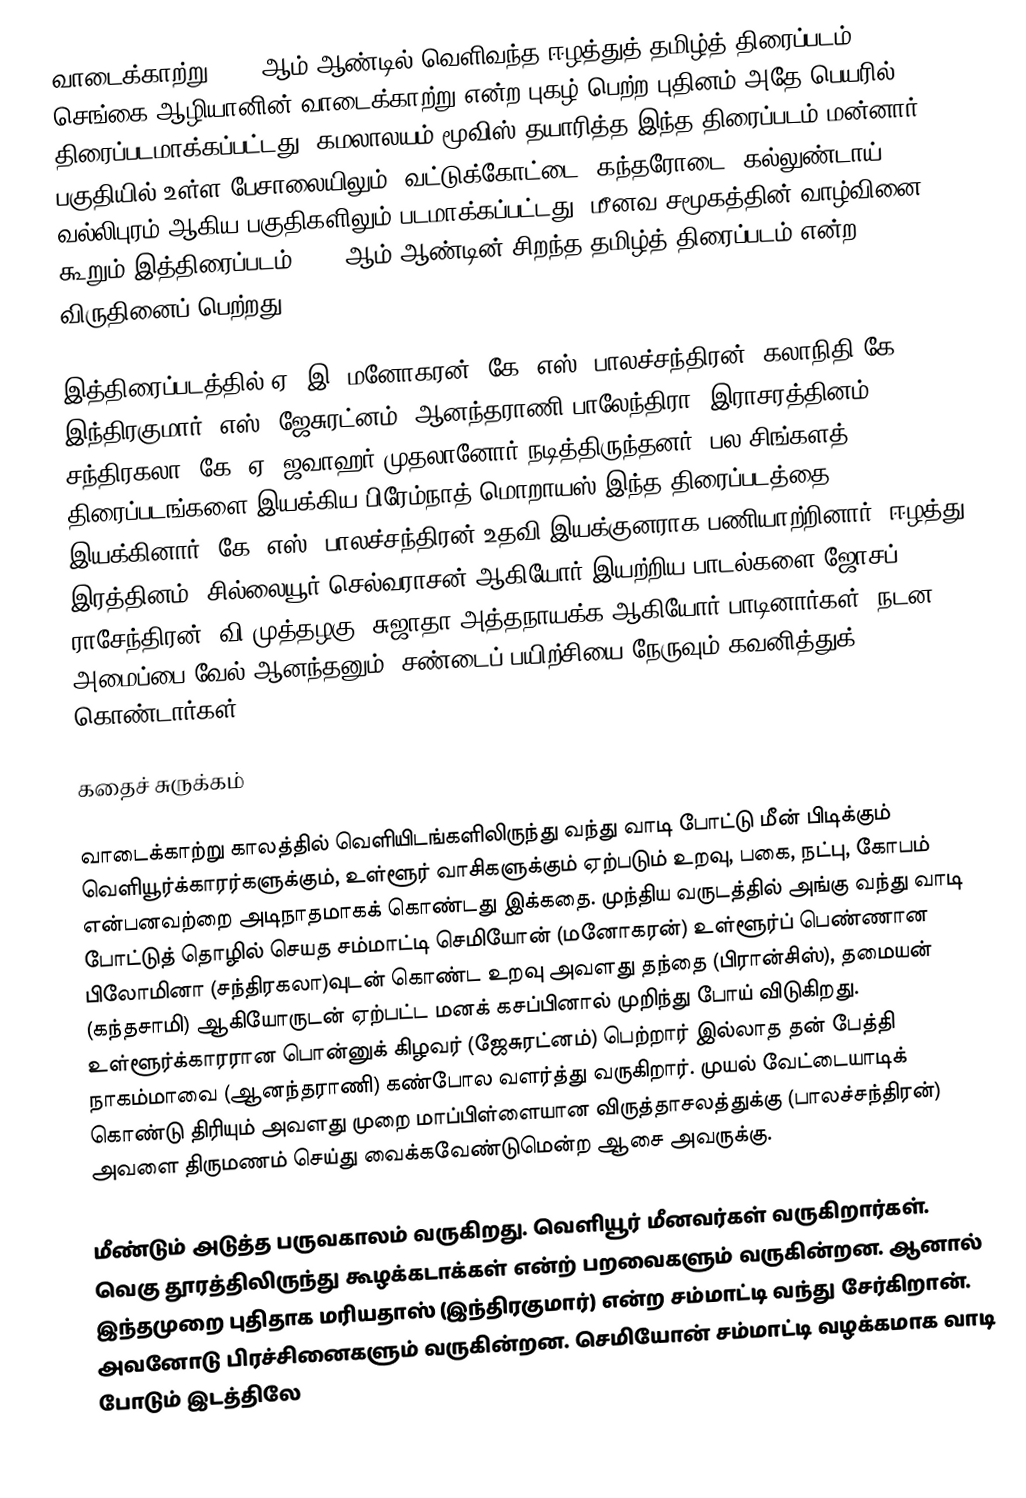
வாடைக்காற்று 1978 ஆம் ஆண்டில் வெளிவந்த ஈழத்துத் தமிழ்த் திரைப்படம். செங்கை ஆழியானின் வாடைக்காற்று என்ற புகழ் பெற்ற புதினம் அதே பெயரில் திரைப்படமாக்கப்பட்டது. கமலாலயம் மூவிஸ் தயாரித்த இந்த திரைப்படம் மன்னார் பகுதியில் உள்ள பேசாலையிலும், வட்டுக்கோட்டை, கந்தரோடை, கல்லுண்டாய், வல்லிபுரம் ஆகிய பகுதிகளிலும் படமாக்கப்பட்டது. மீனவ சமூகத்தின் வாழ்வினை கூறும் இத்திரைப்படம் 1978 ஆம் ஆண்டின் சிறந்த தமிழ்த் திரைப்படம் என்ற விருதினைப் பெற்றது.

இத்திரைப்படத்தில் ஏ. இ. மனோகரன், கே. எஸ். பாலச்சந்திரன், கலாநிதி கே. இந்திரகுமார், எஸ். ஜேசுரட்னம், ஆனந்தராணி பாலேந்திரா (இராசரத்தினம்), சந்திரகலா, கே. ஏ. ஜவாஹர் முதலானோர் நடித்திருந்தனர். பல சிங்களத் திரைப்படங்களை இயக்கிய பிரேம்நாத் மொறாயஸ் இந்த திரைப்படத்தை இயக்கினார். கே. எஸ். பாலச்சந்திரன் உதவி இயக்குனராக பணியாற்றினார். ஈழத்து இரத்தினம், சில்லையூர் செல்வராசன் ஆகியோர் இயற்றிய பாடல்களை ஜோசப் ராசேந்திரன், வி.முத்தழகு, சுஜாதா அத்தநாயக்க ஆகியோர் பாடினார்கள். நடன அமைப்பை வேல் ஆனந்தனும், சண்டைப் பயிற்சியை நேருவும் கவனித்துக் கொண்டார்கள்.

கதைச் சுருக்கம்

வாடைக்காற்று காலத்தில் வெளியிடங்களிலிருந்து வந்து வாடி போட்டு மீன் பிடிக்கும் வெளியூர்க்காரர்களுக்கும், உள்ளூர் வாசிகளுக்கும் ஏற்படும் உறவு, பகை, நட்பு, கோபம் என்பனவற்றை அடிநாதமாகக் கொண்டது இக்கதை. முந்திய வருடத்தில் அங்கு வந்து வாடி போட்டுத் தொழில் செயத சம்மாட்டி செமியோன் (மனோகரன்) உள்ளூர்ப் பெண்ணான பிலோமினா (சந்திரகலா)வுடன் கொண்ட உறவு அவளது தந்தை (பிரான்சிஸ்), தமையன் (கந்தசாமி) ஆகியோருடன் ஏற்பட்ட மனக் கசப்பினால் முறிந்து போய் விடுகிறது. உள்ளூர்க்காரரான பொன்னுக் கிழவர் (ஜேசுரட்னம்) பெற்றார் இல்லாத தன் பேத்தி நாகம்மாவை (ஆனந்தராணி) கண்போல வளர்த்து வருகிறார். முயல் வேட்டையாடிக் கொண்டு திரியும்  அவளது முறை மாப்பிள்ளையான விருத்தாசலத்துக்கு (பாலச்சந்திரன்) அவளை திருமணம் செய்து வைக்கவேண்டுமென்ற ஆசை அவருக்கு.

மீண்டும் அடுத்த பருவகாலம் வருகிறது. வெளியூர் மீனவர்கள் வருகிறார்கள். வெகு தூரத்திலிருந்து கூழக்கடாக்கள் என்ற் பறவைகளும் வருகின்றன. ஆனால் இந்தமுறை  புதிதாக மரியதாஸ் (இந்திரகுமார்) என்ற சம்மாட்டி வந்து சேர்கிறான். அவனோடு பிரச்சினைகளும் வருகின்றன. செமியோன் சம்மாட்டி வழக்கமாக வாடி போடும் இடத்திலே